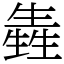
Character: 㽓